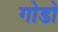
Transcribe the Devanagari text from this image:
गोडो